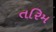
તરિમ